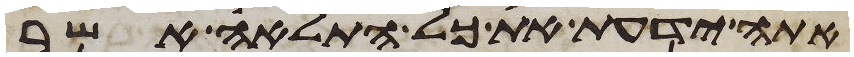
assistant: אתה ידעת את כל התלאה אשר